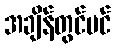
အချိန်တွင်ပင်